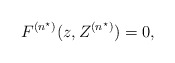
\begin{align*}F^{(n^\star)}(z,Z^{(n^\star)})=0,\end{align*}